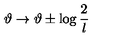
\vartheta \rightarrow \vartheta \pm \log \frac { 2 } { l }